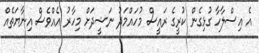
އެ އިސްލާހާ ގުޅިގެން ކުރީގެ ރައީސް މުހައްމަދު ނަޝީދަށް މިހާރު އެއްވެސް އިނާޔަތެއް